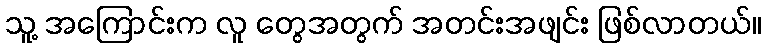
သူ့ အကြောင်းက လူ တွေအတွက် အတင်းအဖျင်း ဖြစ်လာတယ်။